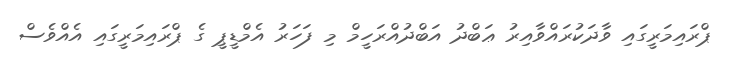
ޕްރައިމަރީގައި ވާދަކުރައްވާއިރު ޢަބްދު އަބްދުއްރަހީމް މި ފަހަރު އެމްޑީޕީ ގެ ޕްރައިމަރީގައި އެއްވެސް